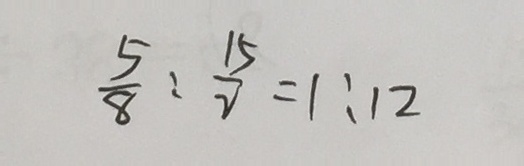
\frac { 5 } { 8 } : \frac { 1 5 } { 2 } = 1 : 1 2